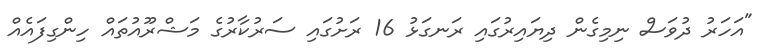
"އަހަރު ދުވަސް ނިމިގެން ދިޔައިރުގައި ރަނގަޅު 16 ރަށުގައި ސަރުކާރުގެ މަޝްރޫއުތައް ހިންގިފައެއް